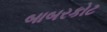
બાબરકોટ